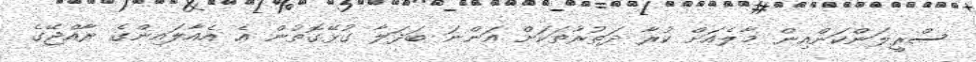
ސްރީލަންކަންއިން މާލެއަށް ކުރާ ދަތުރުތަކަށް އަންނަ ބަދަލާ ގުޅޭގޮތުން އެ އެއާލައިންގެ ރާއްޖޭގެ